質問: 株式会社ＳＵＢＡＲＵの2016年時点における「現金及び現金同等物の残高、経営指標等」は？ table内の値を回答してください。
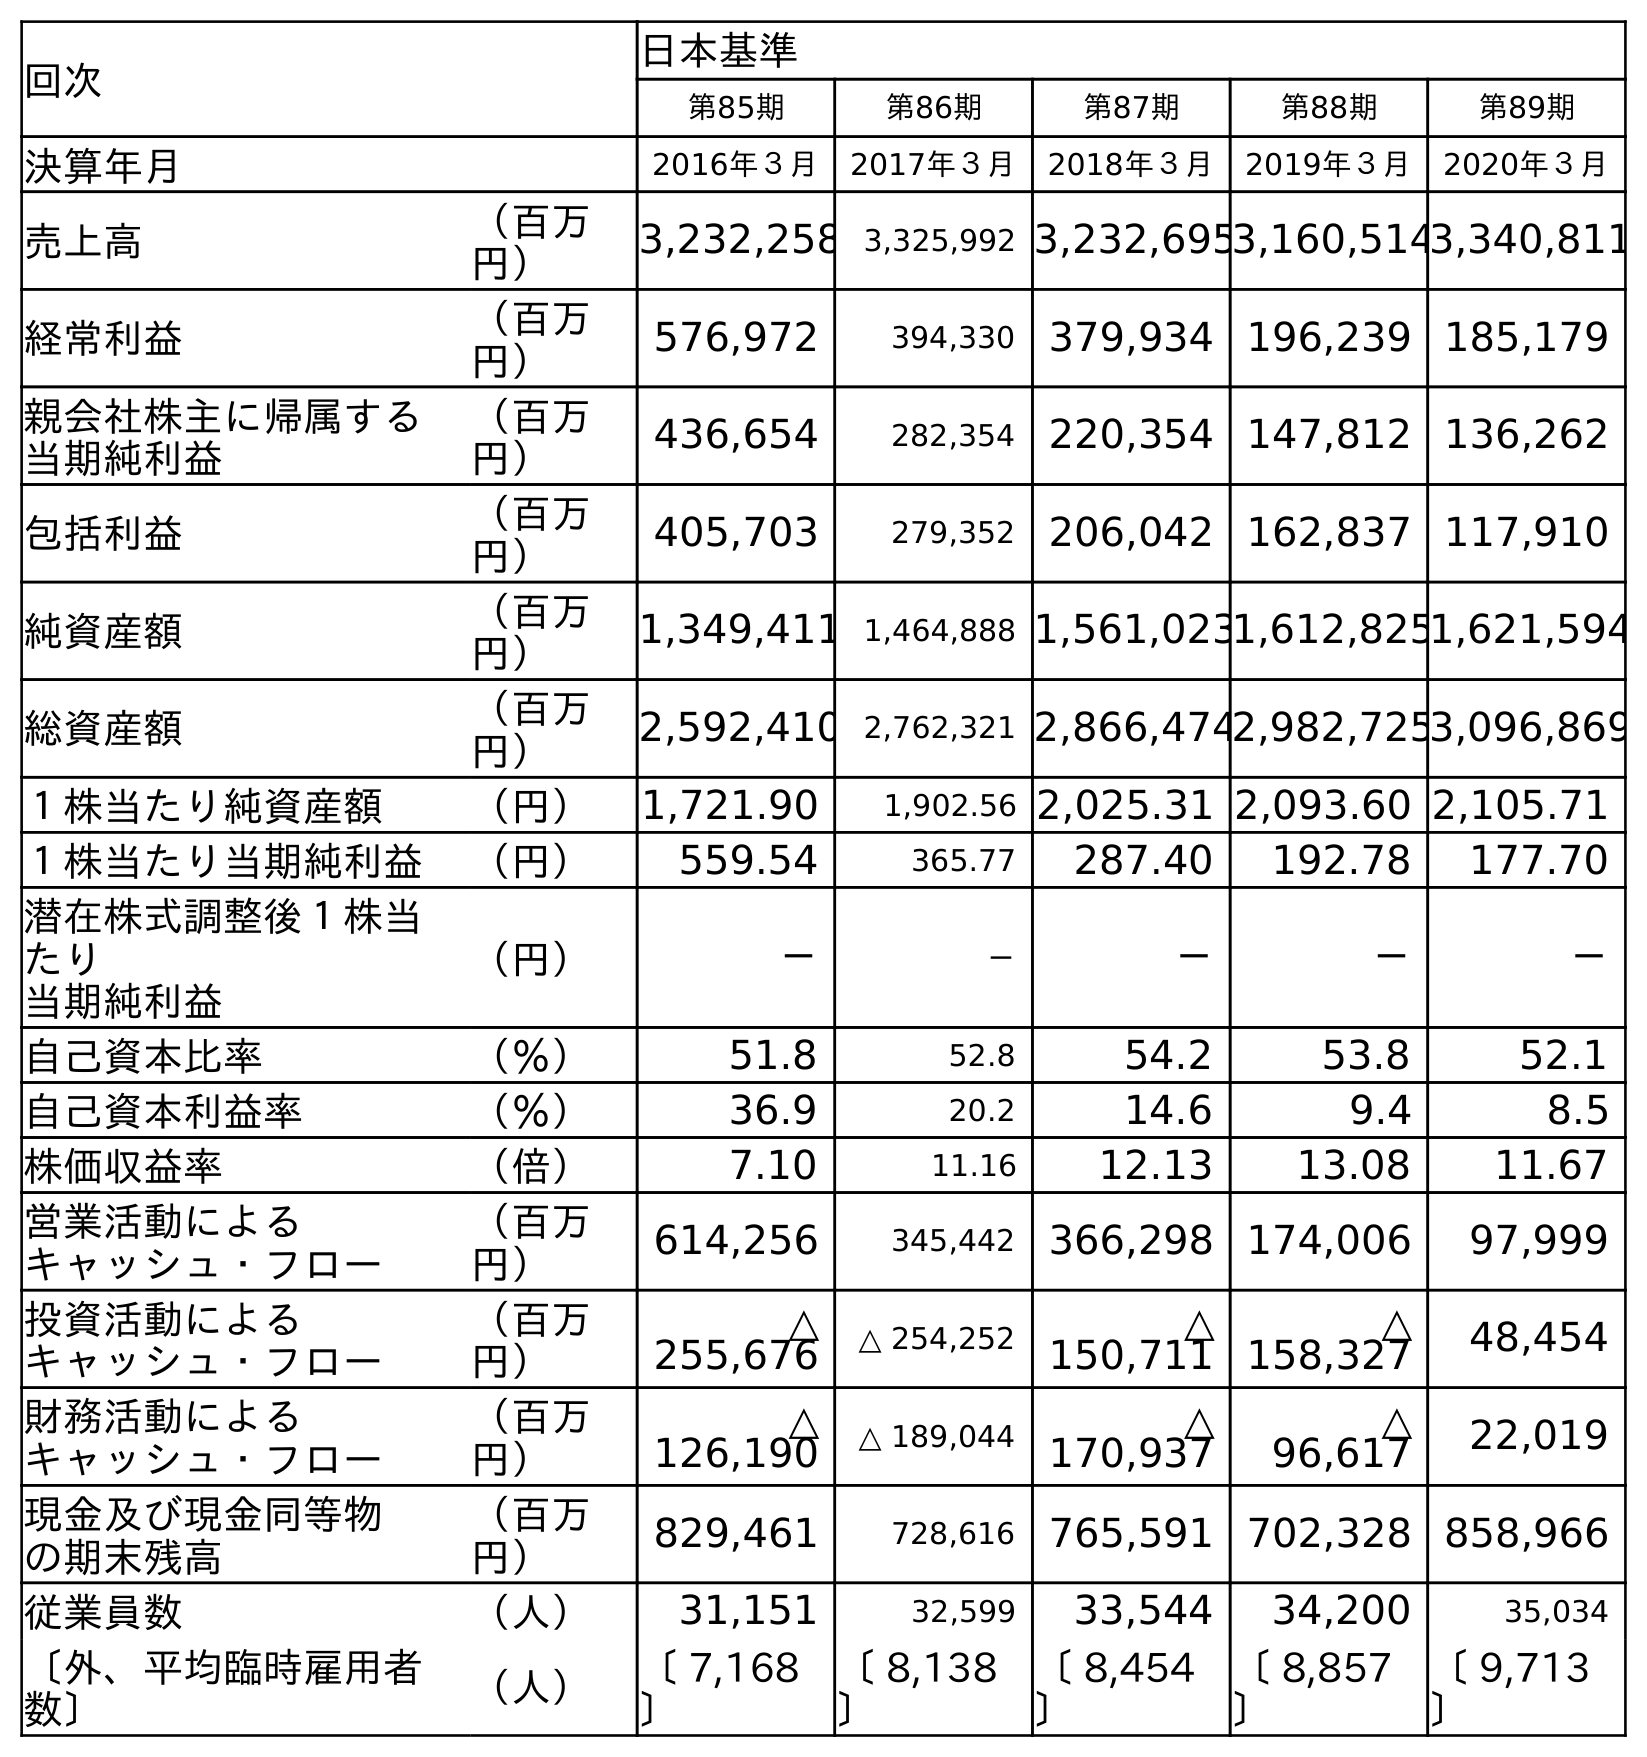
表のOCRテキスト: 回次 日本基準 第85期 第86期 第87期 第88期 第89期 決算年月 2016年３月 2017年３月 2018年３月 2019年３月 2020年３月 売上高 （百万 円） 3,232,258 3,325,992 3,232,6953,160,5143,340,811 経常利益 （百万 円） 576,972 394,330 379,934 196,239 185,179 親会社株主に帰属する 当期純利益 （百万 円） 436,654 282,354 220,354 147,812 136,262 包括利益 （百万 円） 405,703 279,352 206,042 162,837 117,910 純資産額 （百万 円） 1,349,411 1,464,888 1,561,0231,612,8251,621,594 総資産額 （百万 円） 2,592,410 2,762,321 2,866,4742,982,7253,096,869 １株当たり純資産額 （円） 1,721.90 1,902.56 2,025.31 2,093.60 2,105.71 １株当たり当期純利益 （円） 559.54 365.77 287.40 192.78 177.70 潜在株式調整後１株当 たり 当期純利益 （円） － － － － － 自己資本比率 （％） 51.8 52.8 54.2 53.8 52.1 自己資本利益率 （％） 36.9 20.2 14.6 9.4 8.5 株価収益率 （倍） 7.10 11.16 12.13 13.08 11.67 営業活動による キャッシュ・フロー （百万 円） 614,256 345,442 366,298 174,006 97,999 投資活動による キャッシュ・フロー （百万 円） △ 255,676 △ 254,252 △ 150,711 △ 158,327 48,454 財務活動による キャッシュ・フロー （百万 円） △ 126,190 △ 189,044 △ 170,937 △ 96,617 22,019 現金及び現金同等物 の期末残高 （百万 円） 829,461 728,616 765,591 702,328 858,966 従業員数 （人） 31,151 32,599 33,544 34,200 35,034 〔外、平均臨時雇用者 数〕 （人） 〔 7,168 〕 〔 8,138 〕 〔 8,454 〕 〔 8,857 〕 〔 9,713 〕
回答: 829,461